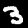
Digit: 3